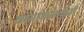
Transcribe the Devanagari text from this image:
कामाकांक्षकरी